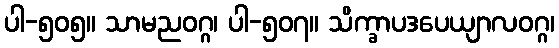
ပါ-၅၀၅။ သာမညဝဂ္ဂ၊ ပါ-၅၀၇။ သိက္ခာပဒပေယျာလဝဂ္ဂ၊